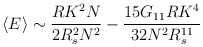
\begin{align*}\left<E \right> \sim \frac{R K^2 N}{2 R^2_s N^2} -\frac{15 G_{11} R K^4}{32 N^2 R^{11}_s}\end{align*}